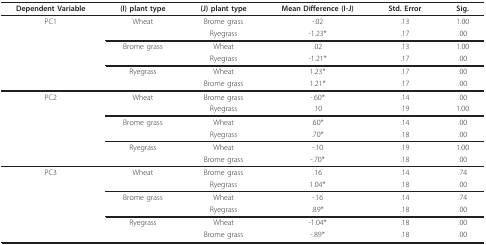
| Dependent Variable | (I) plant type | (J) plant type | Mean Difference (I-J) | Std. Error | Sig. |
 | --- | --- | --- | --- | --- | --- |
 | PC1 | Wheat | Brome grass | -.02 | .13 | 1.00 |
 |  |  | Ryegrass | -1.23* | .17 | .00 |
 |  | Brome grass | Wheat | .02 | .13 | 1.00 |
 |  |  | Ryegrass | -1.21* | .17 | .00 |
 |  | Ryegrass | Wheat | 1.23* | .17 | .00 |
 |  |  | Brome grass | 1.21* | .17 | .00 |
 | PC2 | Wheat | Brome grass | -.60* | .14 | .00 |
 |  |  | Ryegrass | .10 | .19 | 1.00 |
 |  | Brome grass | Wheat | .60* | .14 | .00 |
 |  |  | Ryegrass | .70* | .18 | .00 |
 |  | Ryegrass | Wheat | -.10 | .19 | 1.00 |
 |  |  | Brome grass | -.70* | .18 | .00 |
 | PC3 | Wheat | Brome grass | .16 | .14 | .74 |
 |  |  | Ryegrass | 1.04* | .18 | .00 |
 |  | Brome grass | Wheat | -.16 | .14 | .74 |
 |  |  | Ryegrass | .89* | .18 | .00 |
 |  | Ryegrass | Wheat | -1.04* | .18 | .00 |
 |  |  | Brome grass | -.89* | .18 | .00 |